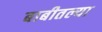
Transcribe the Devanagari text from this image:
बाबीतल्या